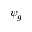
\psi _ { g }